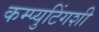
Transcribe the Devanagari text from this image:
कम्प्युटिंगशी